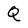
Character: Q